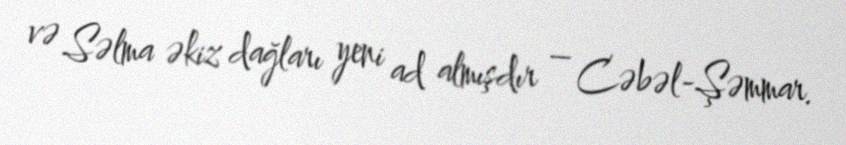
və Səlma əkiz dağları yeni ad almışdır – Cəbəl-Şəmmar.